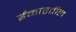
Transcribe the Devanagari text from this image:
ईमारतील